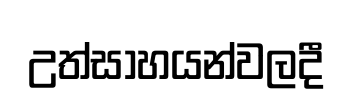
උත්සාහයන්වලදී